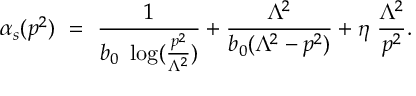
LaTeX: \alpha _ { s } ( p ^ { 2 } ) ~ = ~ { \frac { 1 } { b _ { 0 } \ \log ( \frac { p ^ { 2 } } { \Lambda ^ { 2 } } ) } } + { \frac { \Lambda ^ { 2 } } { b _ { 0 } ( \Lambda ^ { 2 } - p ^ { 2 } ) } } + \eta \ { \frac { \Lambda ^ { 2 } } { p ^ { 2 } } } .